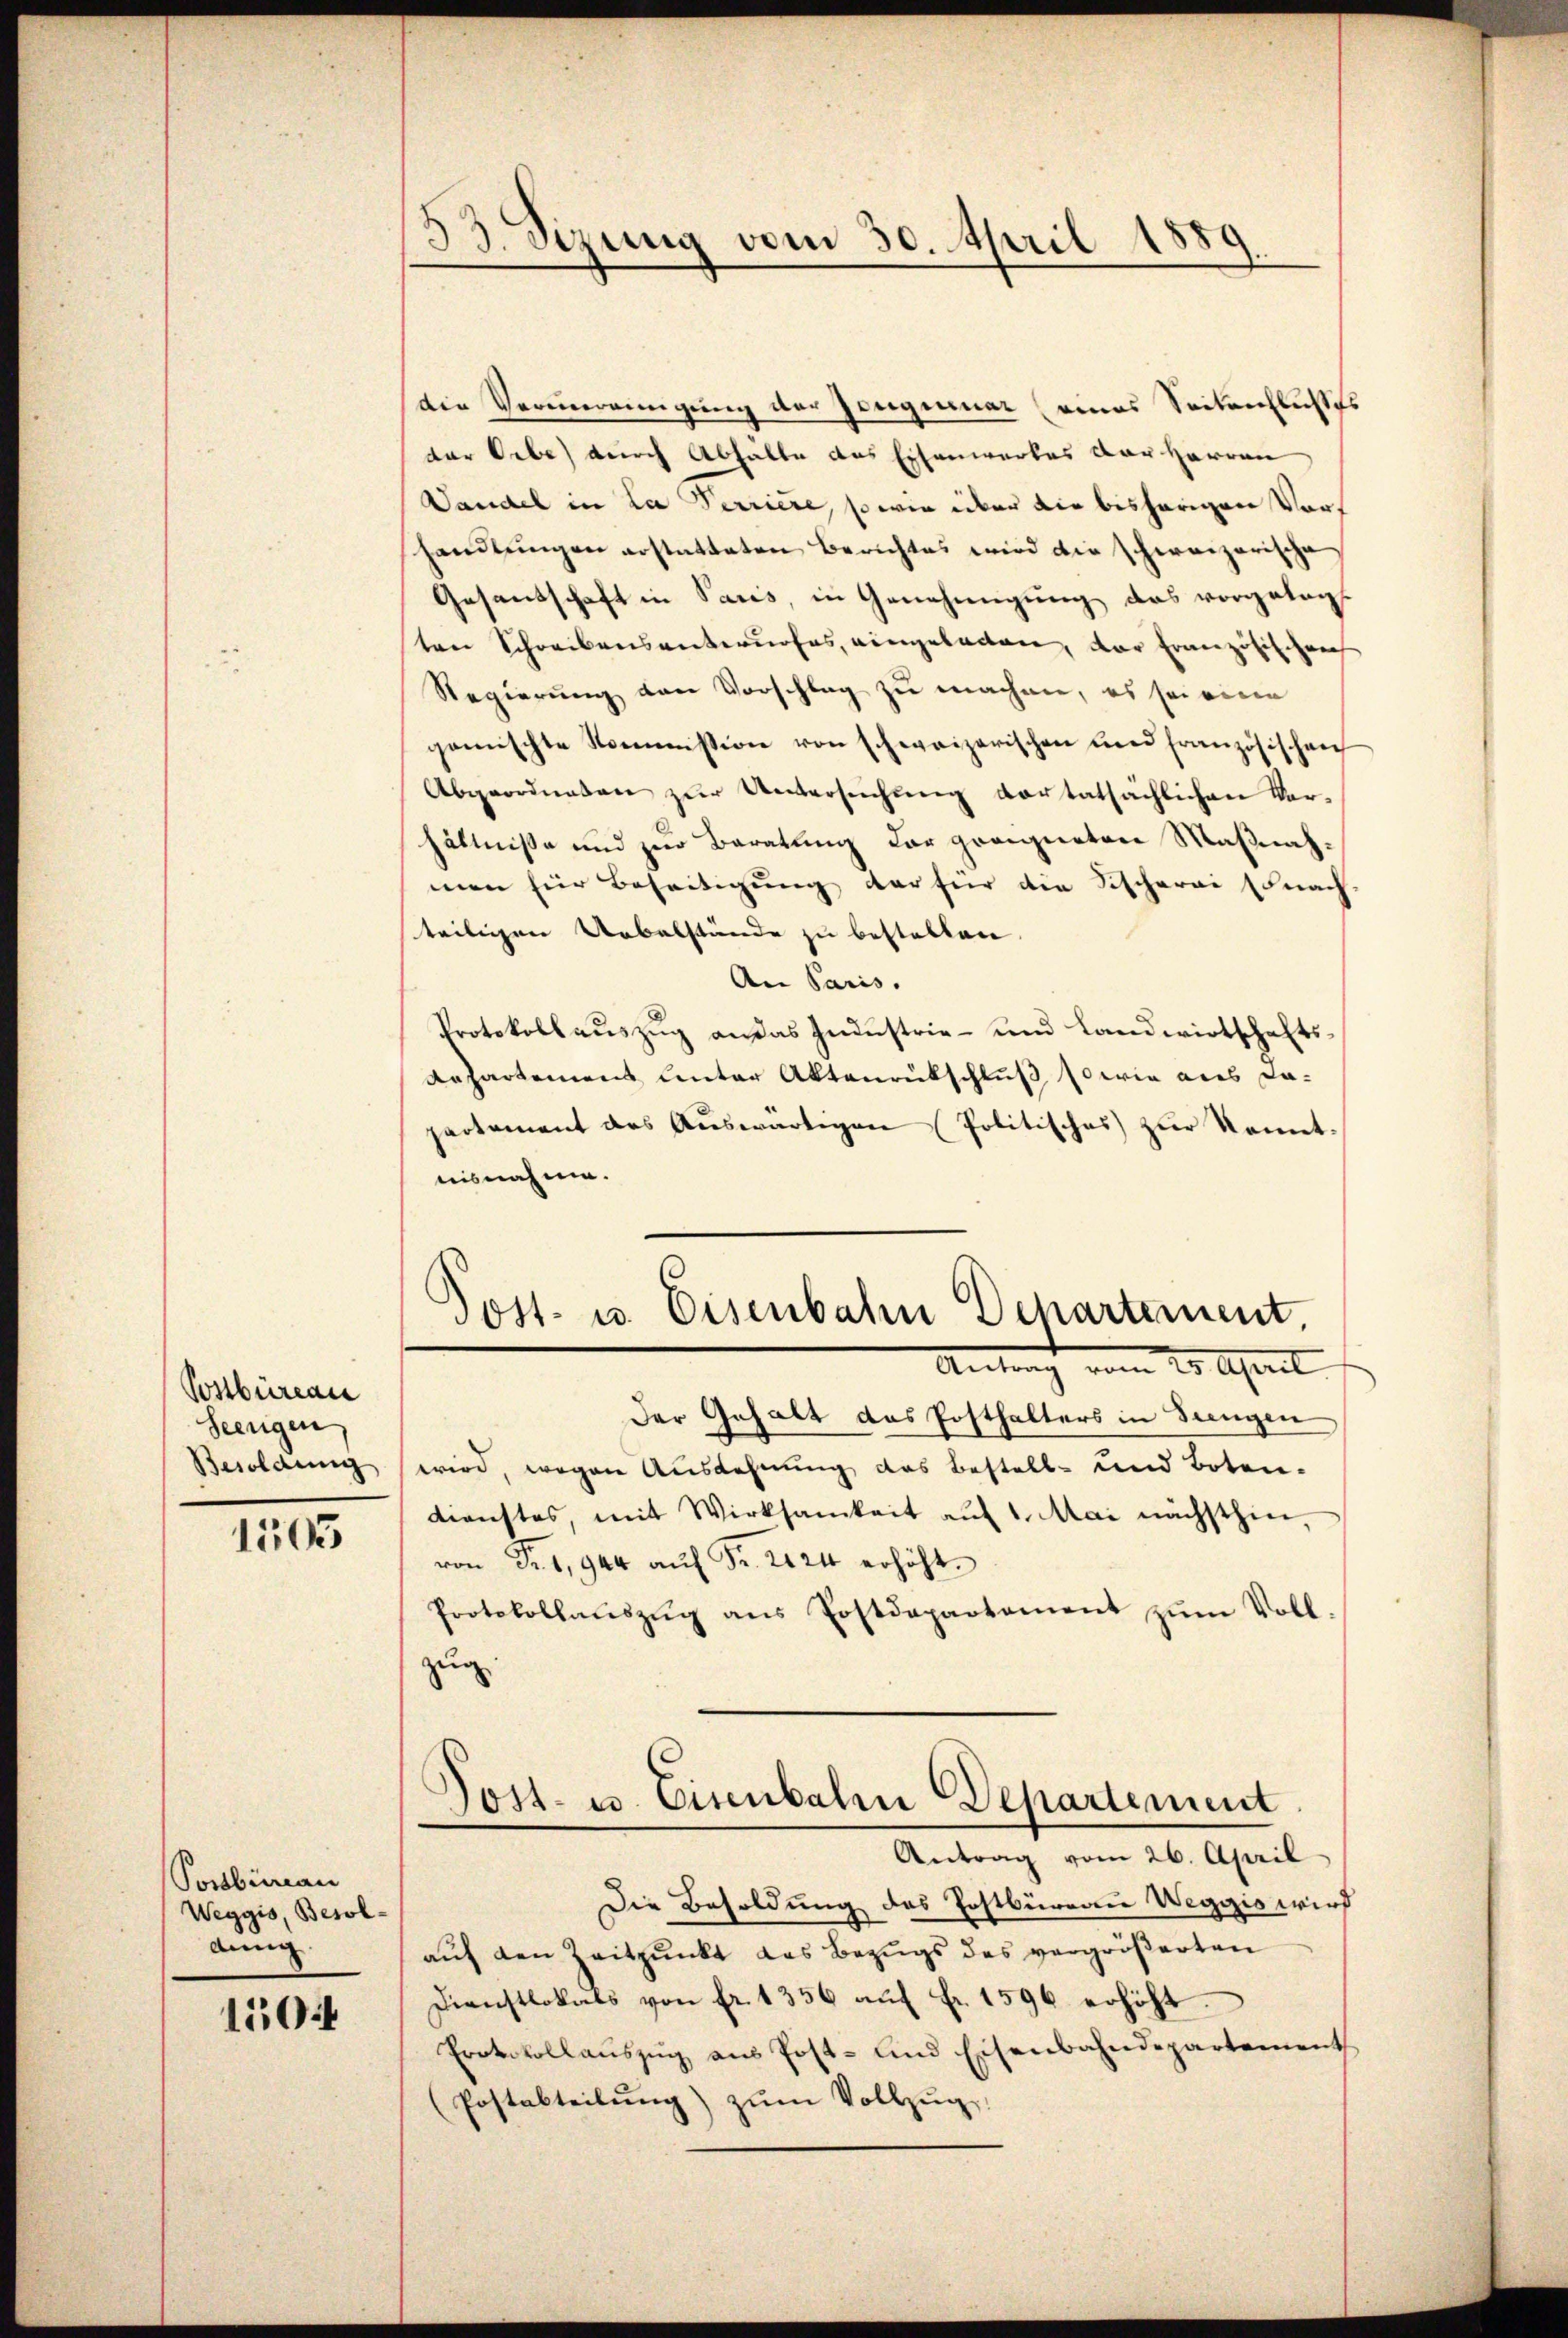
Postbüreau
Seengen
Besoldung

1505

Ponsbüreau
Weggis, Besol
ding

1504

33. Sizung vom 30. April 1889.

die Vermereinigung der Honiginar (eines Seitenflichtes
der Orbe) durch Abhalte das Eisenwerkes der Herren
Dandel in La Perriere, so wie über die bisherigen Vorhandlungen erstatteten Berichtes wird die schweizerische
Gesandschaft in Paris, in Genehmigung das vorgelegt
ten Schreibensanterofes, eingeladen, der Französischen
Regierung von Vorschlag zu machen, es sei eine
gemischte Kommission von schweizerischen und französischen
Abgeordneten zŭr Untersŭchŭng vortatsächlichen Ver-
hältnisse und zur Beratung der greignetene Maßnahmen für Beseitigŭng der für die Fischerei sonach
teiligen Uebelstände zu bestellen.
An Paris.
Protokollauszug an das Industrie- und Landwirtschafts¬
Repartement unter Aktenrütschluß sowie aus da-
partement des Auswärtigen Politisches zur konnt
nisnahme.
Dost- u. Eisenbahn Departement
Antrag vom 25. April
Der Gehalt das Posthalters in Jungen
wird, wegen Ausdehnung das Bestell- und Boten-
dienstes, mit Wirksamkeit auf 1. Mai nächsthin,
von Fr. 1,944 aŭf Fr. 224 erhöht.
Protokollaŭszŭg ans Postdepartament zŭm Voll
zug

)
Post- u. Eisenbahn Departement
Antrag vom 26. April
Die Besoldung des Postbüreau Weggis wird

auf den Zeitpunkt das Bezugs des vergrößerten
Dienstlokals von fr. 1356 aŭf fr. 1596 erhöht.
Protokollauszug aus Post- und Eisenbahndepartement
(Postabteilŭng zŭm Vollzŭg